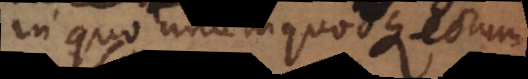
in quo unumquodque eorum